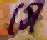
সে